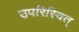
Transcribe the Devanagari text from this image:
उपरिस्वित्